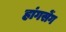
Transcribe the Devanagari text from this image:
हांगसेंग